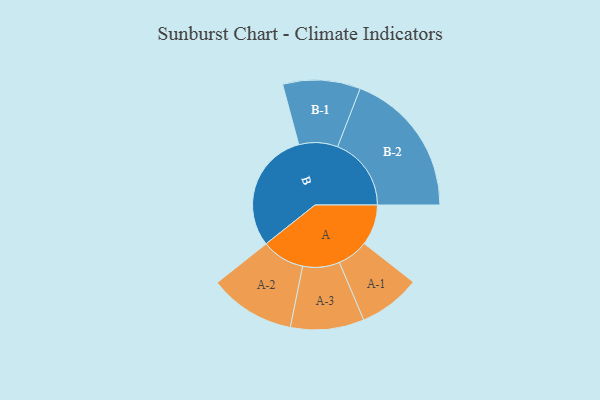
{"axis": {"x": "Segment", "y": "Value"}, "legend": ["", "A", "B"], "data": [{"x": "A", "y": 146, "type": ""}, {"x": "B", "y": 435, "type": ""}, {"x": "A-1", "y": 111, "type": "A"}, {"x": "A-2", "y": 154, "type": "A"}, {"x": "A-3", "y": 132, "type": "A"}, {"x": "B-1", "y": 139, "type": "B"}, {"x": "B-2", "y": 264, "type": "B"}]}